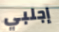
إجلبي